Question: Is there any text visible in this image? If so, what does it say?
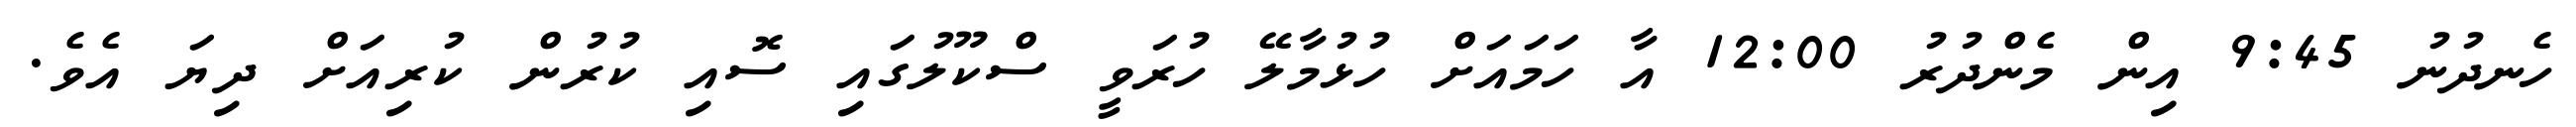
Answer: ހެނދުނު 9:45 އިން މެންދުރު 12:00 އާ ހަމައަށް ހުޅުމާލޭ ހުރަވީ ސްކޫލުގައި ސޮއި ކުރުން ކުރިއަށް ދިޔަ އެވެ.